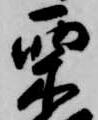
栗